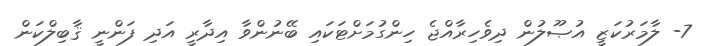
7- ލާމަރުކަޒީ އުޞޫލުން ދިވެހިރާއްޖެ ހިންގުމަށްޓަކައި ބޭނުންވާ އިދާރީ އަދި ފަންނީ ޤާބިލްކަން